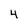
Character: 4